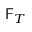
\mathsf { F } _ { T }